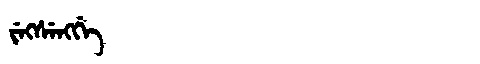
Manchu: ᠵᡝᡴᠰᡝᠩᡤᡝ
Romanization: JEKSENGGE